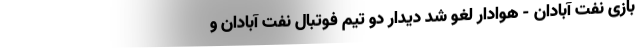
بازی نفت آبادان - هوادار لغو شد دیدار دو تیم فوتبال نفت آبادان و